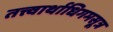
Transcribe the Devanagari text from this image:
तत्त्वार्थाधिगमसूत्र